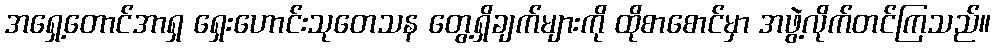
အရှေ့တောင်အာရှ ရှေးဟောင်းသုတေသန တွေ့ရှိချက်များကို ထိုစာစောင်မှာ အဖွဲ့လိုက်တင်ကြသည်။